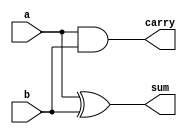
module halfadder(sum,carry,a,b);
  output sum, carry;
  input a, b;
  assign sum = a ^ b; // assigning sum
  assign carry = a & b; // assigning carry
endmodule